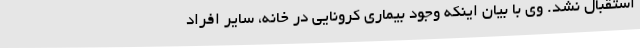
استقبال نشد. وی با بیان اینکه وجود بیماری کرونایی در خانه، سایر افراد